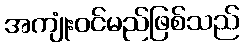
အကျုံးဝင်မည်ဖြစ်သည်